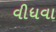
વીધવા